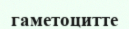
гаметоцитте